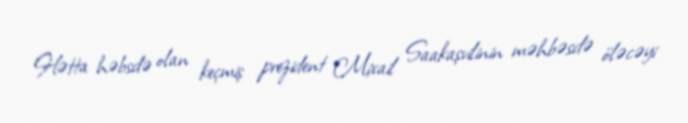
Hətta həbsdə olan keçmiş prezident Mixail Saakaşvilinin məhbəsdə öləcəyi